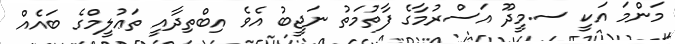
މަންމަ އަކީ ސ.މީދޫ އަސްރުމާގެ ފާތުމަތު ނަޖީބު އެވެ އިބްތިދާއީ ތަޢުލީމްގެ ބައެއް